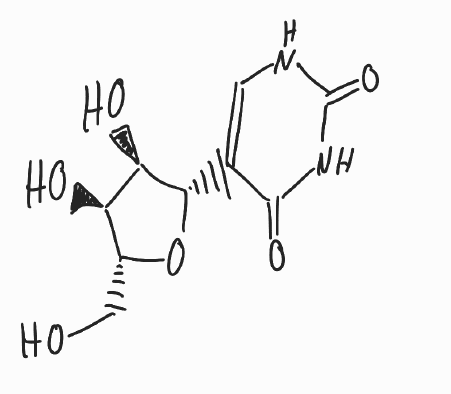
Simplified molecular-input line-entry system (SMILES) notation of the given molecule:
C1=C(C(=O)NC(=O)N1)[C@H]2[C@@H]([C@@H]([C@H](O2)CO)O)O